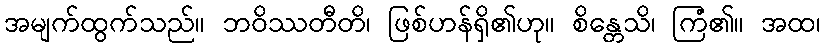
အမျက်ထွက်သည်။ ဘဝိဿတီတိ၊ ဖြစ်ဟန်ရှိ၏ဟု။ စိန္တေသိ၊ ကြံ၏။ အထ၊